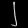
Digit: ၂